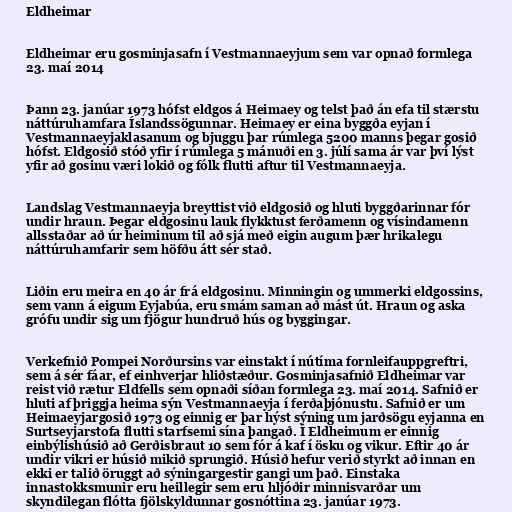
Eldheimar

Eldheimar eru gosminjasafn í Vestmannaeyjum sem var opnað formlega
23. maí 2014

Þann 23. janúar 1973 hófst eldgos á Heimaey og telst það án efa til stærstu
náttúruhamfara Íslandssögunnar. Heimaey er eina byggða eyjan í
Vestmannaeyjaklasanum og bjuggu þar rúmlega 5200 manns þegar gosið
hófst. Eldgosið stóð yfir í rúmlega 5 mánuði en 3. júlí sama ár var því lýst
yfir að gosinu væri lokið og fólk flutti aftur til Vestmannaeyja.

Landslag Vestmannaeyja breyttist við eldgosið og hluti byggðarinnar fór
undir hraun. Þegar eldgosinu lauk flykktust ferðamenn og vísindamenn
allsstaðar að úr heiminum til að sjá með eigin augum þær hrikalegu
náttúruhamfarir sem höfðu átt sér stað.

Liðin eru meira en 40 ár frá eldgosinu. Minningin og ummerki eldgossins,
sem vann á eigum Eyjabúa, eru smám saman að mást út. Hraun og aska
grófu undir sig um fjögur hundruð hús og byggingar.

Verkefnið Pompei Norðursins var einstakt í nútíma fornleifauppgreftri,
sem á sér fáar, ef einhverjar hliðstæður. Gosminjasafnið Eldheimar var
reist við rætur Eldfells sem opnaði síðan formlega 23. maí 2014. Safnið er
hluti af þriggja heima sýn Vestmannaeyja í ferðaþjónustu. Safnið er um
Heimaeyjargosið 1973 og einnig er þar hýst sýning um jarðsögu eyjanna en
Surtseyjarstofa flutti starfsemi sína þangað. Í Eldheimum er einnig
einbýlishúsið að Gerðisbraut 10 sem fór á kaf í ösku og vikur. Eftir 40 ár
undir vikri er húsið mikið sprungið. Húsið hefur verið styrkt að innan en
ekki er talið öruggt að sýningargestir gangi um það. Einstaka
innastokksmunir eru heillegir sem eru hljóðir minnisvarðar um
skyndilegan flótta fjölskyldunnar gosnóttina 23. janúar 1973.